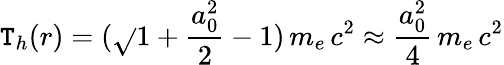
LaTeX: \mathtt{T}_{h}(r)=(\sqrt{}{{1+\frac{{a_{0}^{2}}}{{2}}}}-1)\, m_{e}\, c^{2}\approx\frac{{a_{0}^{2}}}{{4}}\, m_{e}\, c^{2}